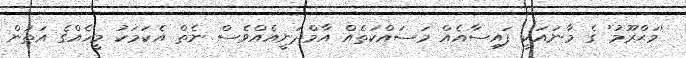
'މަޙްރޫމު' ގެ މާނައަކީ ފައިސާއެއް މަސައްކަތެއް އާމްދަނީއެއްވެސް ނެތް އެކަމަކު މީހެއްގެ އަތުން